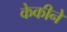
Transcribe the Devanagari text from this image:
केकीने